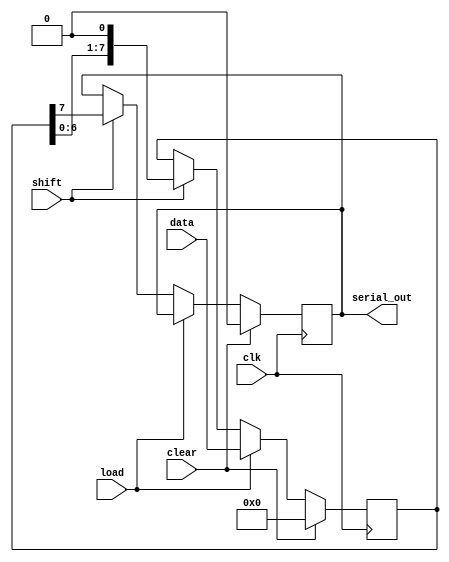
module Dynamic_PISO_Register #(
    parameter N = 8 // Number of bits in the register
)(
    input wire clk,          // Clock signal
    input wire load,         // Load control signal
    input wire shift,        // Shift control signal
    input wire clear,        // Clear control signal
    input wire [N-1:0] data, // Parallel input data
    output reg serial_out     // Serial output
);

    reg [N-1:0] input_reg;   // Input register to hold parallel data
    reg [N-1:0] shift_reg;   // Shift register for shifting data

    always @(posedge clk) begin
        if (clear) begin
            // Clear all registers
            input_reg <= 0;
            shift_reg <= 0;
            serial_out <= 0;
        end else if (load) begin
            // Load data into the input register
            input_reg <= data;
            shift_reg <= data; // Initialize shift register with input data
        end else if (shift) begin
            // Shift data from shift register to serial output
            serial_out <= shift_reg[N-1]; // Output the MSB (or LSB based on design)
            shift_reg <= {shift_reg[N-2:0], 1'b0}; // Shift left and fill with 0
        end
    end

endmodule